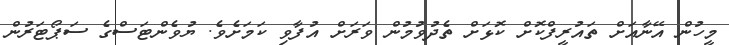
މީހުން އޭނާއަށް ތައުރީފްކޮށް ކޮޅަށް ތެދުވުމުން ވަރަށް އުފާވި ކަމަށެވެ. ޔުވެންޓަސްގެ ސަޕޯޓަރުން